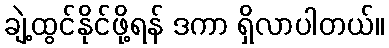
ချဲ့ထွင်နိုင်ဖို့ရန် ဒကာ ရှိလာပါတယ်။